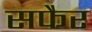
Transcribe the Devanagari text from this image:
सफैर